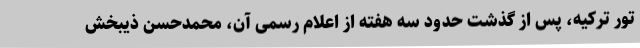
تور ترکیه، پس از گذشت حدود سه هفته از اعلام رسمی آن، محمدحسن ذیبخش